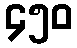
၄၅၀